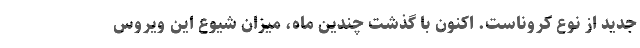
جدید از نوع کروناست. اکنون با گذشت چندین ماه، میزان شیوع این ویروس